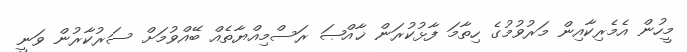
މީހުން އެމެރިކާއިން މަރުވުމުގެ ހިތާމަ ފާޅުކުރަން ޚާއްޞަ ރަސްމިއްޔާތެއް ބޭއްވުމަށް ސަރުކާރުން ވަނީ